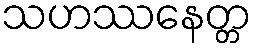
သဟဿနေတ္တ